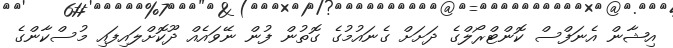
އިޝާން އެނަފްސް ކޮންޓްރޯލްގެ ދަށަށް ގެނައުމުގެ ގޮތުން ފުން ނޭވައެއް ދޫކޮށްލައިފައި މުސްކާންގެ